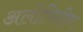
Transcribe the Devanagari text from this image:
अलोपिदीन